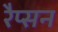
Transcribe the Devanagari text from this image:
रैप्सन